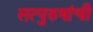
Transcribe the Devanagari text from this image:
सत्‍पुरुषांची